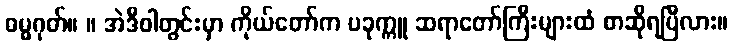
ဓမ္မဂုတ်။ ။ အဲဒီဝါတွင်းမှာ ကိုယ်တော်က ပခုက္ကူ ဆရာတော်ကြီးများထံ စာဆိုရပြီလား။